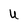
Character: U